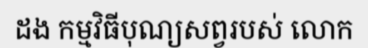
ដង កម្មវិធីបុណ្យសព្វរបស់ លោក